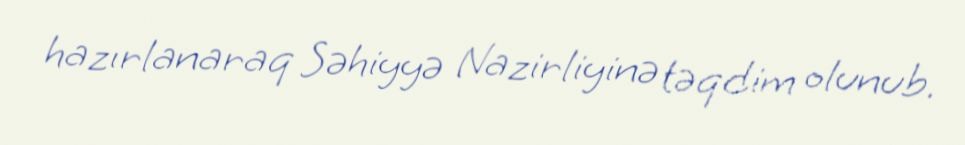
hazırlanaraq Səhiyyə Nazirliyinə təqdim olunub.